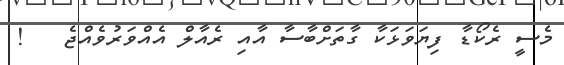
މެސީ ރެކޯޑާ ފިޔަވަޅަކާ ގާތަށްބާސާ އާއި ރެއާލް އެއްވަރުވެއްޖެ   !